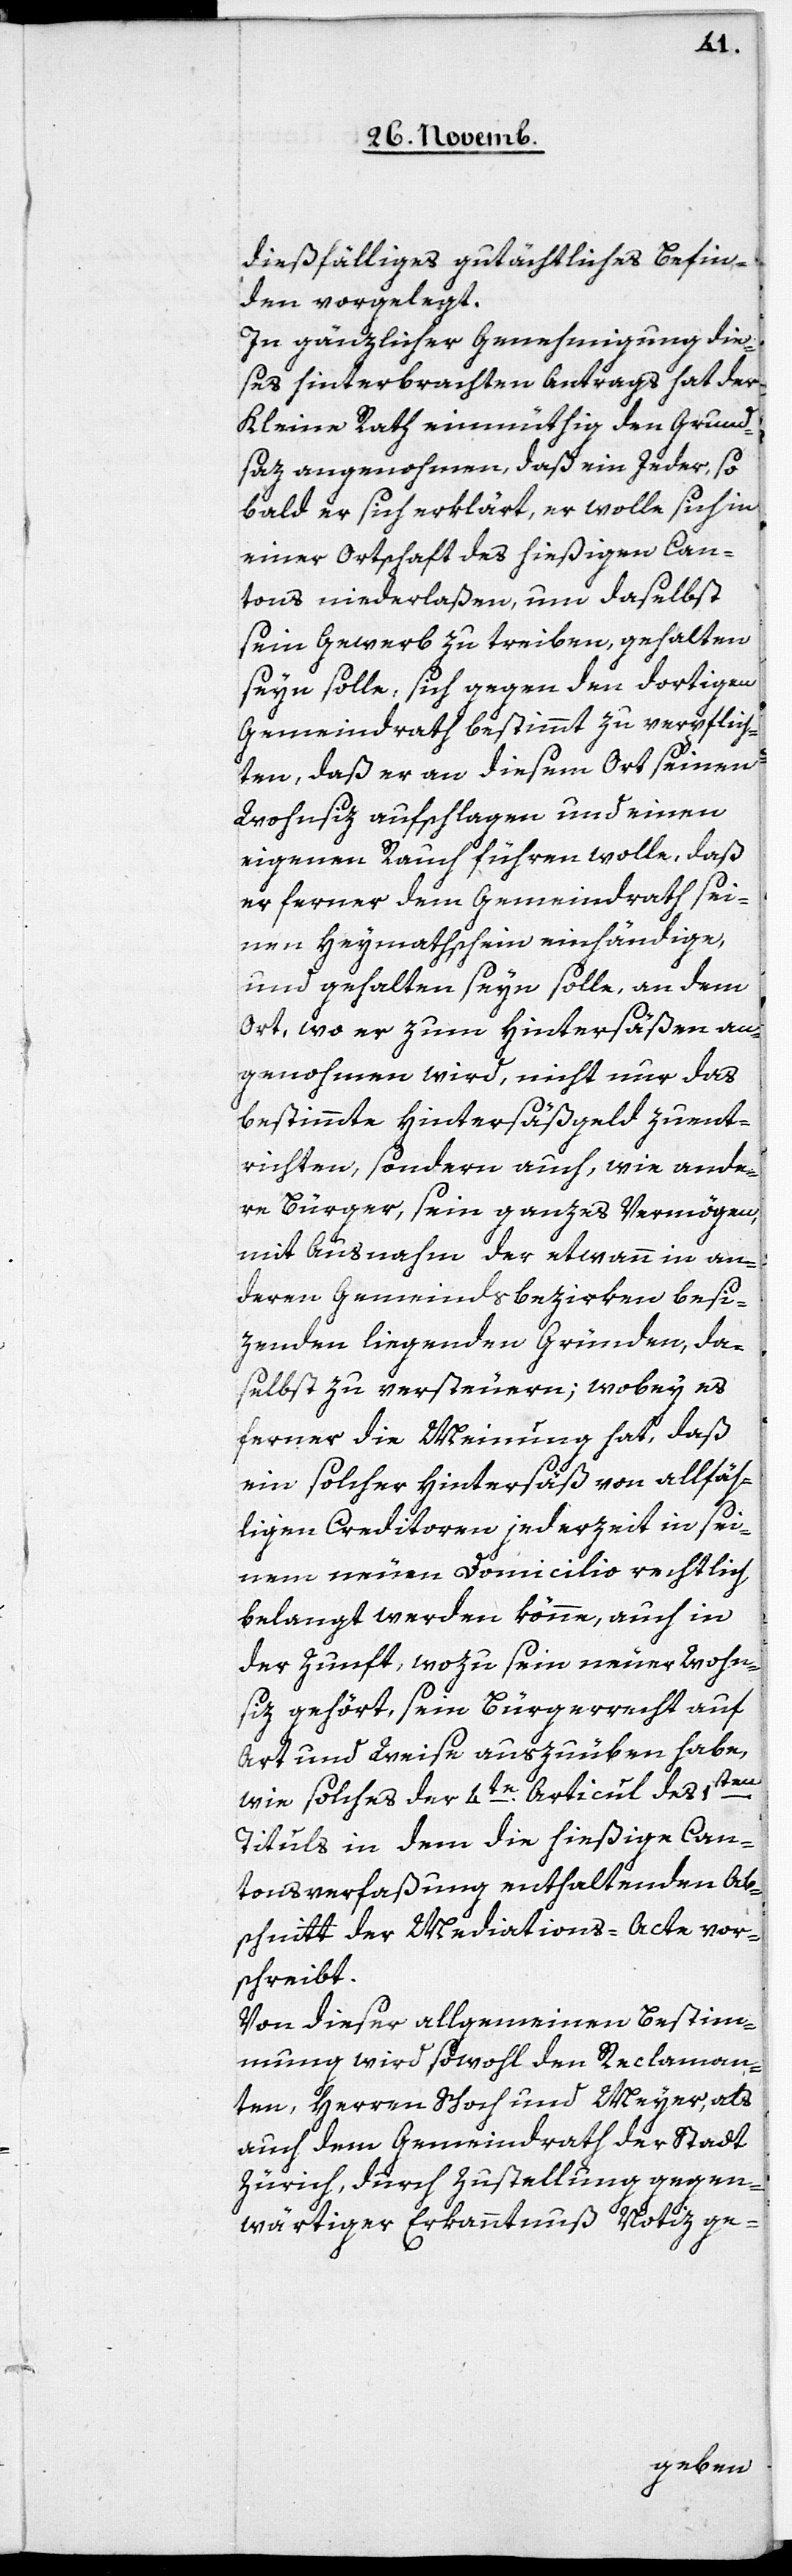
dießfälliges gutächtliches Befin¬
den vorgelegt.
In gänzlicher Genehmigung die¬
ses hinterbrachten Antrags hat der
Kleine Rath einmüthig den Grund¬
satz angenohmen, daß ein Jeder, so
bald er sich erklärt, er wolle sich in
einer Ortschaft des hießigen Can¬
tons niederlaßen, um daselbst
sein Gewerb zu treiben, gehalten
seyn solle, sich gegen den dortigen
Gemeindrath bestimmt zu verpflich¬
ten, daß er an diesem Ort seinen
Wohnsiz aufschlagen und einen
eigenen Rauch führen wolle, daß
er ferner dem Gemeindrath sei¬
nen Heymathschein einhändige,
und gehalten seyn solle, an dem
Ort, wo er zum Hintersäßen an¬
genohmen wird, nicht nur das
bestimmte Hintersäßgeld zu ent¬
richten, sondern auch, wie ande¬
re Bürger, sein ganzes Vermögen
mit Ausnahme der etwann in an¬
deren Gemeindsbezirken besi¬
zenden liegenden Gründen, da¬
selbst zu versteuern; wobey es
ferner die Meinung hat, daß
ein solcher Hintersäß von allfäh¬
ligen Creditoren jederzeit in sei¬
nem neuen Domicilio rechtlich
belangt werden könne, auch in
der Zunft, wozu sein neuer Wohn¬
siz gehört, sein Bürgerrecht auf
Art und Weise auszuüben habe,
wie solches der 4te. Articul des 1sten.
Tituls in dem die hießigen Can¬
tonsverfaßung enthaltenden Ab¬
schnitt der Mediations-Acte vor¬
schreibt.
Von dieser allgemeinen Bestim¬
mung wird sowohl den Reclaman¬
ten, Herren Schoch und Meyer, als
auch dem Gemeindrath der Stadt
Zürich, durch Zustellung gegen¬
wärtiger Erkanntnuß Notiz ge-